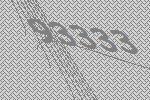
93333